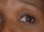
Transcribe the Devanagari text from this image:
एस्बरी